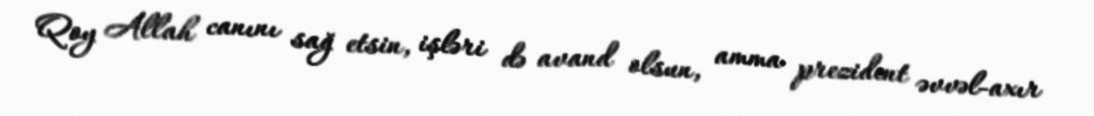
Qoy Allah canını sağ etsin, işləri də avand olsun, amma prezident əvvəl-axır